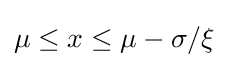
\mu \leq x\leq \mu -\sigma /\xi